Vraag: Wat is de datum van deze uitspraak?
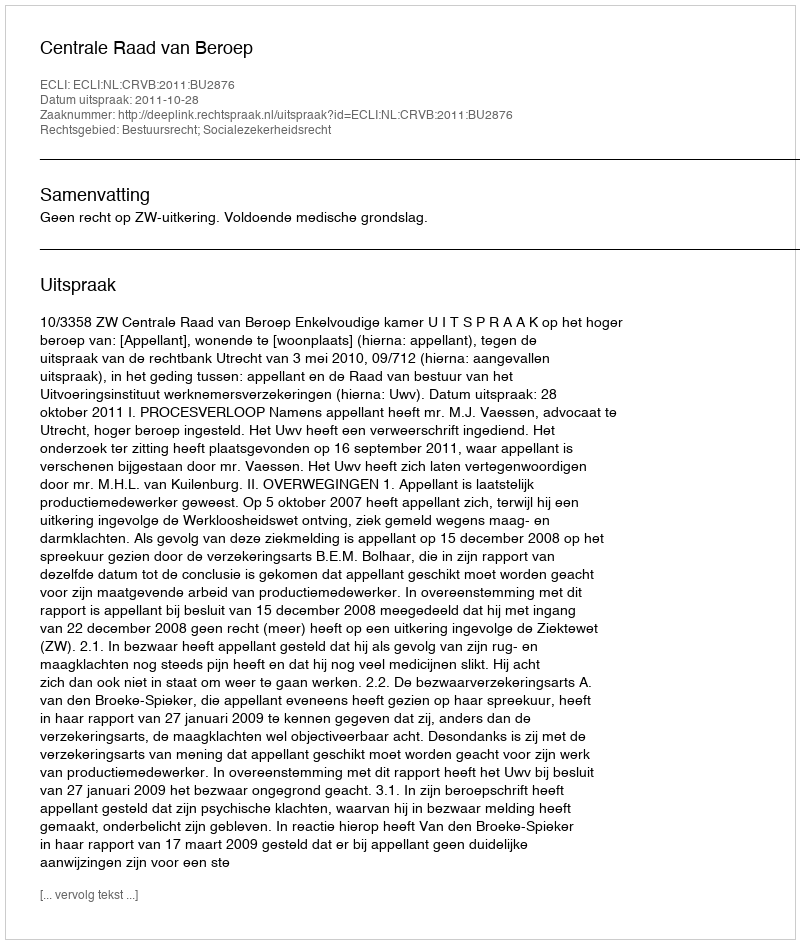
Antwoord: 2011-10-28